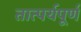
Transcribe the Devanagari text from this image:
तात्पर्यपूर्ण